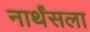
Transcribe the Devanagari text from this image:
नार्थंसला